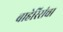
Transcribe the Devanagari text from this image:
बाहेरिसंचा